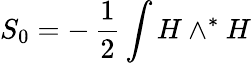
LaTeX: S_{0}=-\, \frac{1}{2}\int H\wedge^{\ast}H